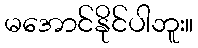
မအောင်နိုင်ပါဘူး။